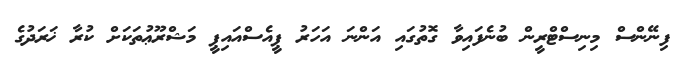
ފިނޭންސް މިނިސްޓްރީން ބުނެފައިވާ ގޮތުގައި އަންނަ އަހަރު ޕީއެސްއައިޕީ މަޝްރޫޢުތަކަށް ކުރާ ޚަރަދުގެ